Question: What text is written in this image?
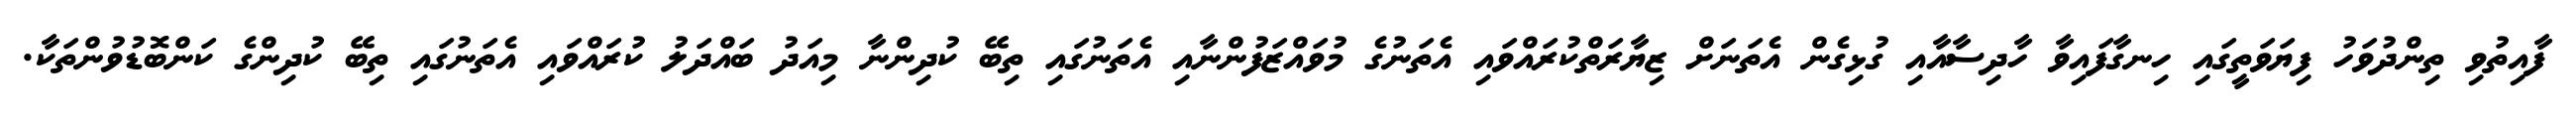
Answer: ފާއިތުވި ތިންދުވަހު ފިޔަވަތީގައި ހިނގާފައިވާ ހާދިސާއާއި ގުޅިގެން އެތަނަށް ޒިޔާރަތްކުރައްވައި އެތަނުގެ މުވައްޒަފުންނާއި އެތަނުގައި ތިބޭ ކުދިންނާ މިއަދު ބައްދަލު ކުރައްވައި އެތަނުގައި ތިބޭ ކުދިންގެ ކަންބޮޑުވުންތަކާ.